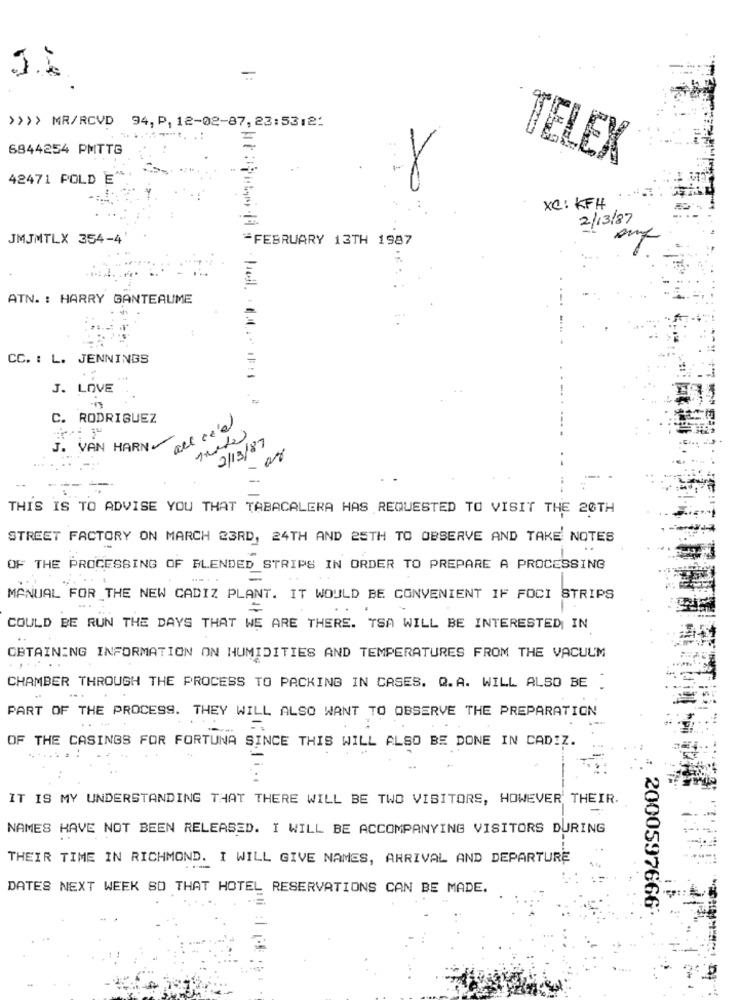
-
>>>> MR/RCVD 94, P, 12-02-87, 23:5312:
6844254 PMTTG
TELEX
42471 POLD E
XC: KFH
2/13/87
JMJMTLX 354-4
-FEBRUARY 13TH 1987
ATN. : HARRY GANTEAUME
CC. : L. JENNINGS
J. LOVE
C. RODRIGUEZ
2/13/87
J. VAN HARNY
-
THIS IS TO ADVISE YOU THAT TABACALERA HAS REQUESTED TO VISIT THE 20TH
STREET FACTORY ON MARCH 23RD, 24TH AND 25TH TO OBSERVE AND TAKE NOTES
OF THE PROCESSING OF BLENDED STRIPS IN ORDER TO PREPARE A PROCESSING
-
MANUAL FOR THE NEW CADIZ PLANT. IT WOULD BE CONVENIENT IF FOCI STRIPS
.. .
COULD BE RUN THE DAYS THAT WE ARE THERE. TSA WILL BE INTERESTED IN
OBTAINING INFORMATION ON HUMIDITIES AND TEMPERATURES FROM THE VACUUM
. .
CHAMBER THROUGH THE PROCESS TO PACKING IN CASES. Q.A. WILL ALSO BE .
PART OF THE PROCESS. THEY WILL ALSO WANT TO OBSERVE THE PREPARATION
1.
OF THE CASINGS FOR FORTUNA SINCE THIS WILL ALSO BE DONE IN CADIZ.
IT IS MY UNDERSTANDING THAT THERE WILL BE TWO VISITORS, HOWEVER THEIR.
NAMES HAVE NOT BEEN RELEASED. I WILL BE ACCOMPANYING VISITORS DURING
THEIR TIME IN RICHMOND. I WILL GIVE NAMES, ARRIVAL AND DEPARTURE
DATES NEXT WEEK SO THAT HOTEL RESERVATIONS CAN BE MADE.
2000597666